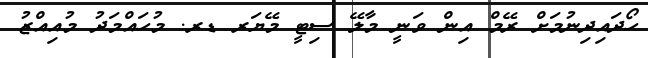
ހޯދައިދިނުމަށް ރޭމް އިން ވަނީ މާލޭ ސިޓީ މޭޔަރ ޑރ. މުހައްމަދު މުއިއްޒު